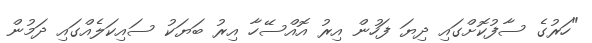
"ހަރުގެ ސާފުކޮށްގައި ދިޔަ ފަހުން އިރު އޮއްސޭހާ އިރު ބަޔަކު ސައިކަލެއްގައި ދަމުން